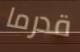
قدرما